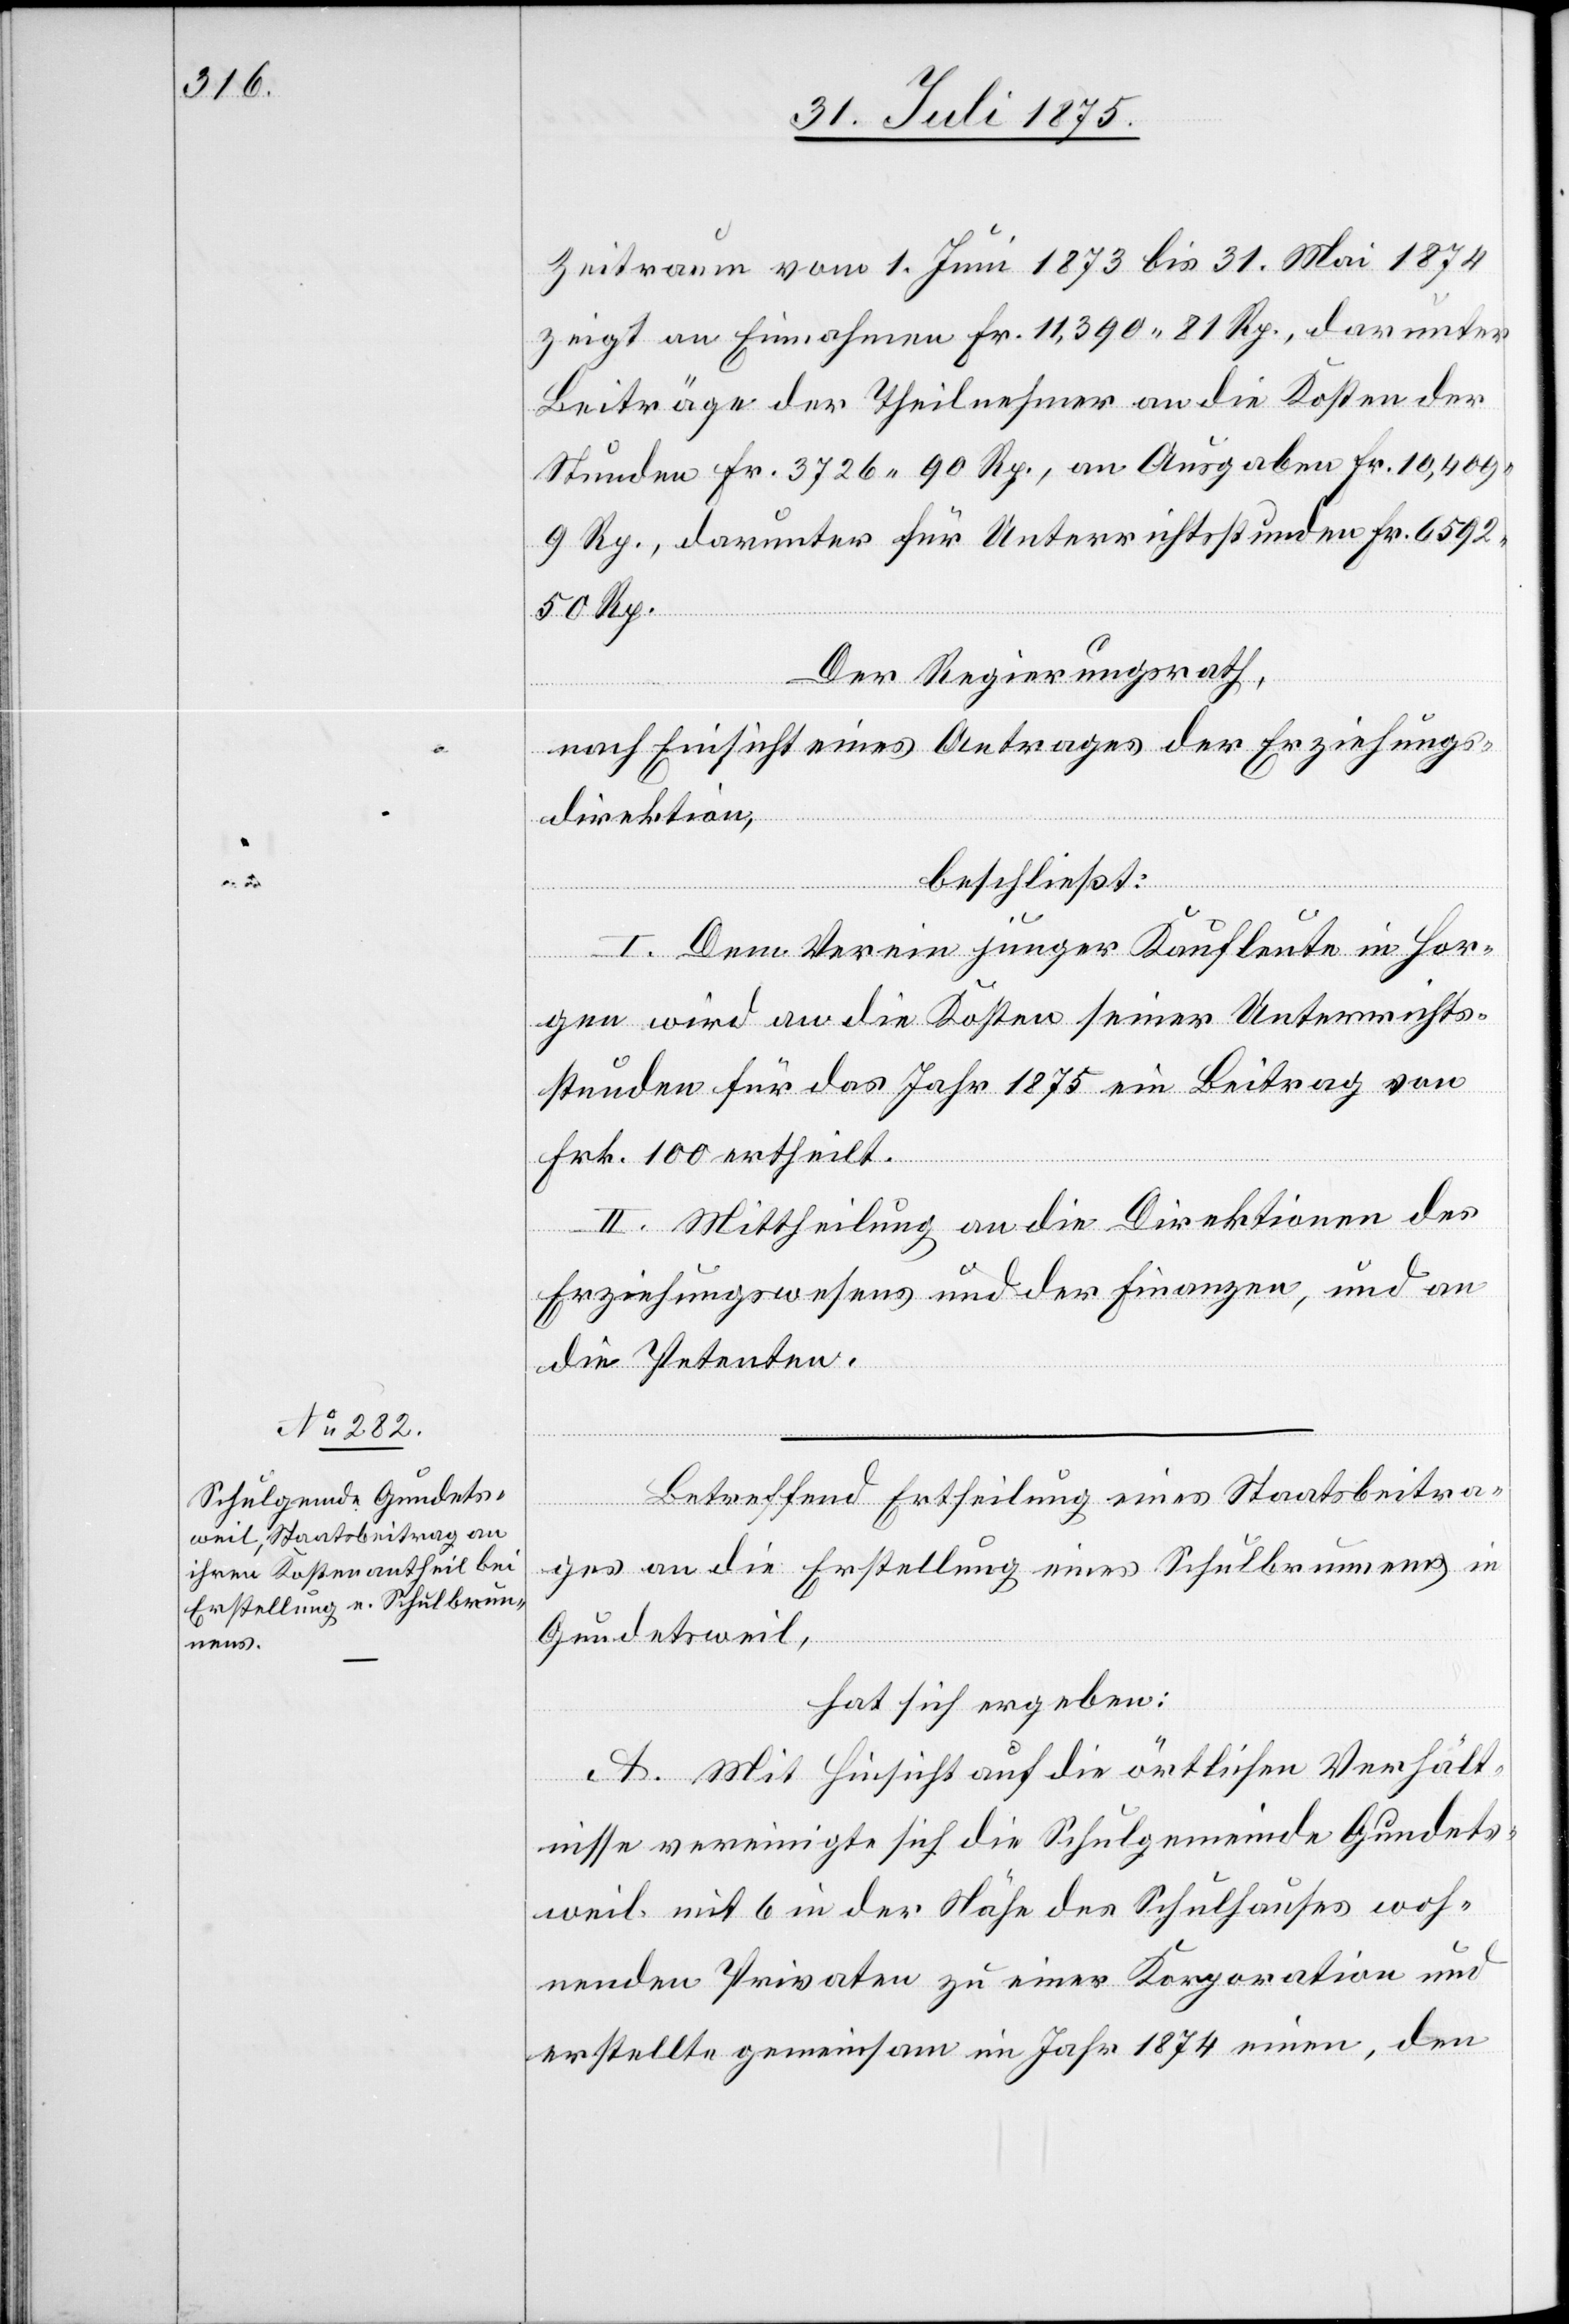
Zeitraum vom 1. Juni 1873 bis 31. Mai 1874
zeigt an Einnahmen Fr. 11,390 81 Rp., darunter
Beiträge der Theilnehmer an die Kosten der
Stunden Fr. 3726 90 Rp., an Ausgaben Fr. 10,409
9 Rp., darunter für Unterrichtsstunden Fr. 6592
50 Rp.
Der Regierungsrath,
nach Einsicht eines Antrages der Erziehungs¬
direktion,
beschließt:
I. Dem Verein junger Kaufleute in Hor¬
gen wird an die Kosten seiner Unterrichts¬
stunden für das Jahr 1875 ein Beitrag von
Frk. 100 ertheilt.
II. Mittheilung an die Direktionen des
Erziehungswesens und der Finanzen, und an
die Petenten.